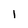
Character: l